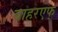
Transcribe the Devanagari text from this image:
बाहरएफ्